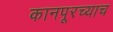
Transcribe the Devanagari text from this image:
कानपूरच्याच